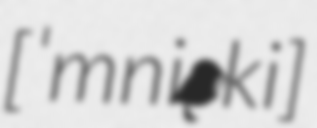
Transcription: [ˈmniʂki]